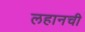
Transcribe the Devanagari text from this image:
लहानची